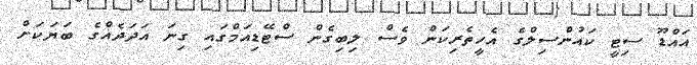
އައްޑޫ ސިޓީ ކައުންސިލްގެ އެހީތެރިކަން ވެސް ލިބިގެން ސްޓޭޑިއަމްގައި ގިނަ އަދަދެއްގެ ބަޔަކަށް